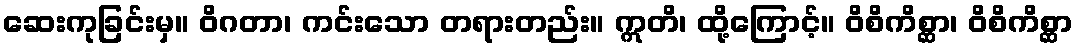
ဆေးကုခြင်းမှ။ ဝိဂတာ၊ ကင်းသော တရားတည်း။ ဣတိ၊ ထို့ကြောင့်။ ဝိစိကိစ္ဆာ၊ ဝိစိကိစ္ဆာ